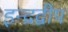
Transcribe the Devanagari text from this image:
इन्द्रद्वीप